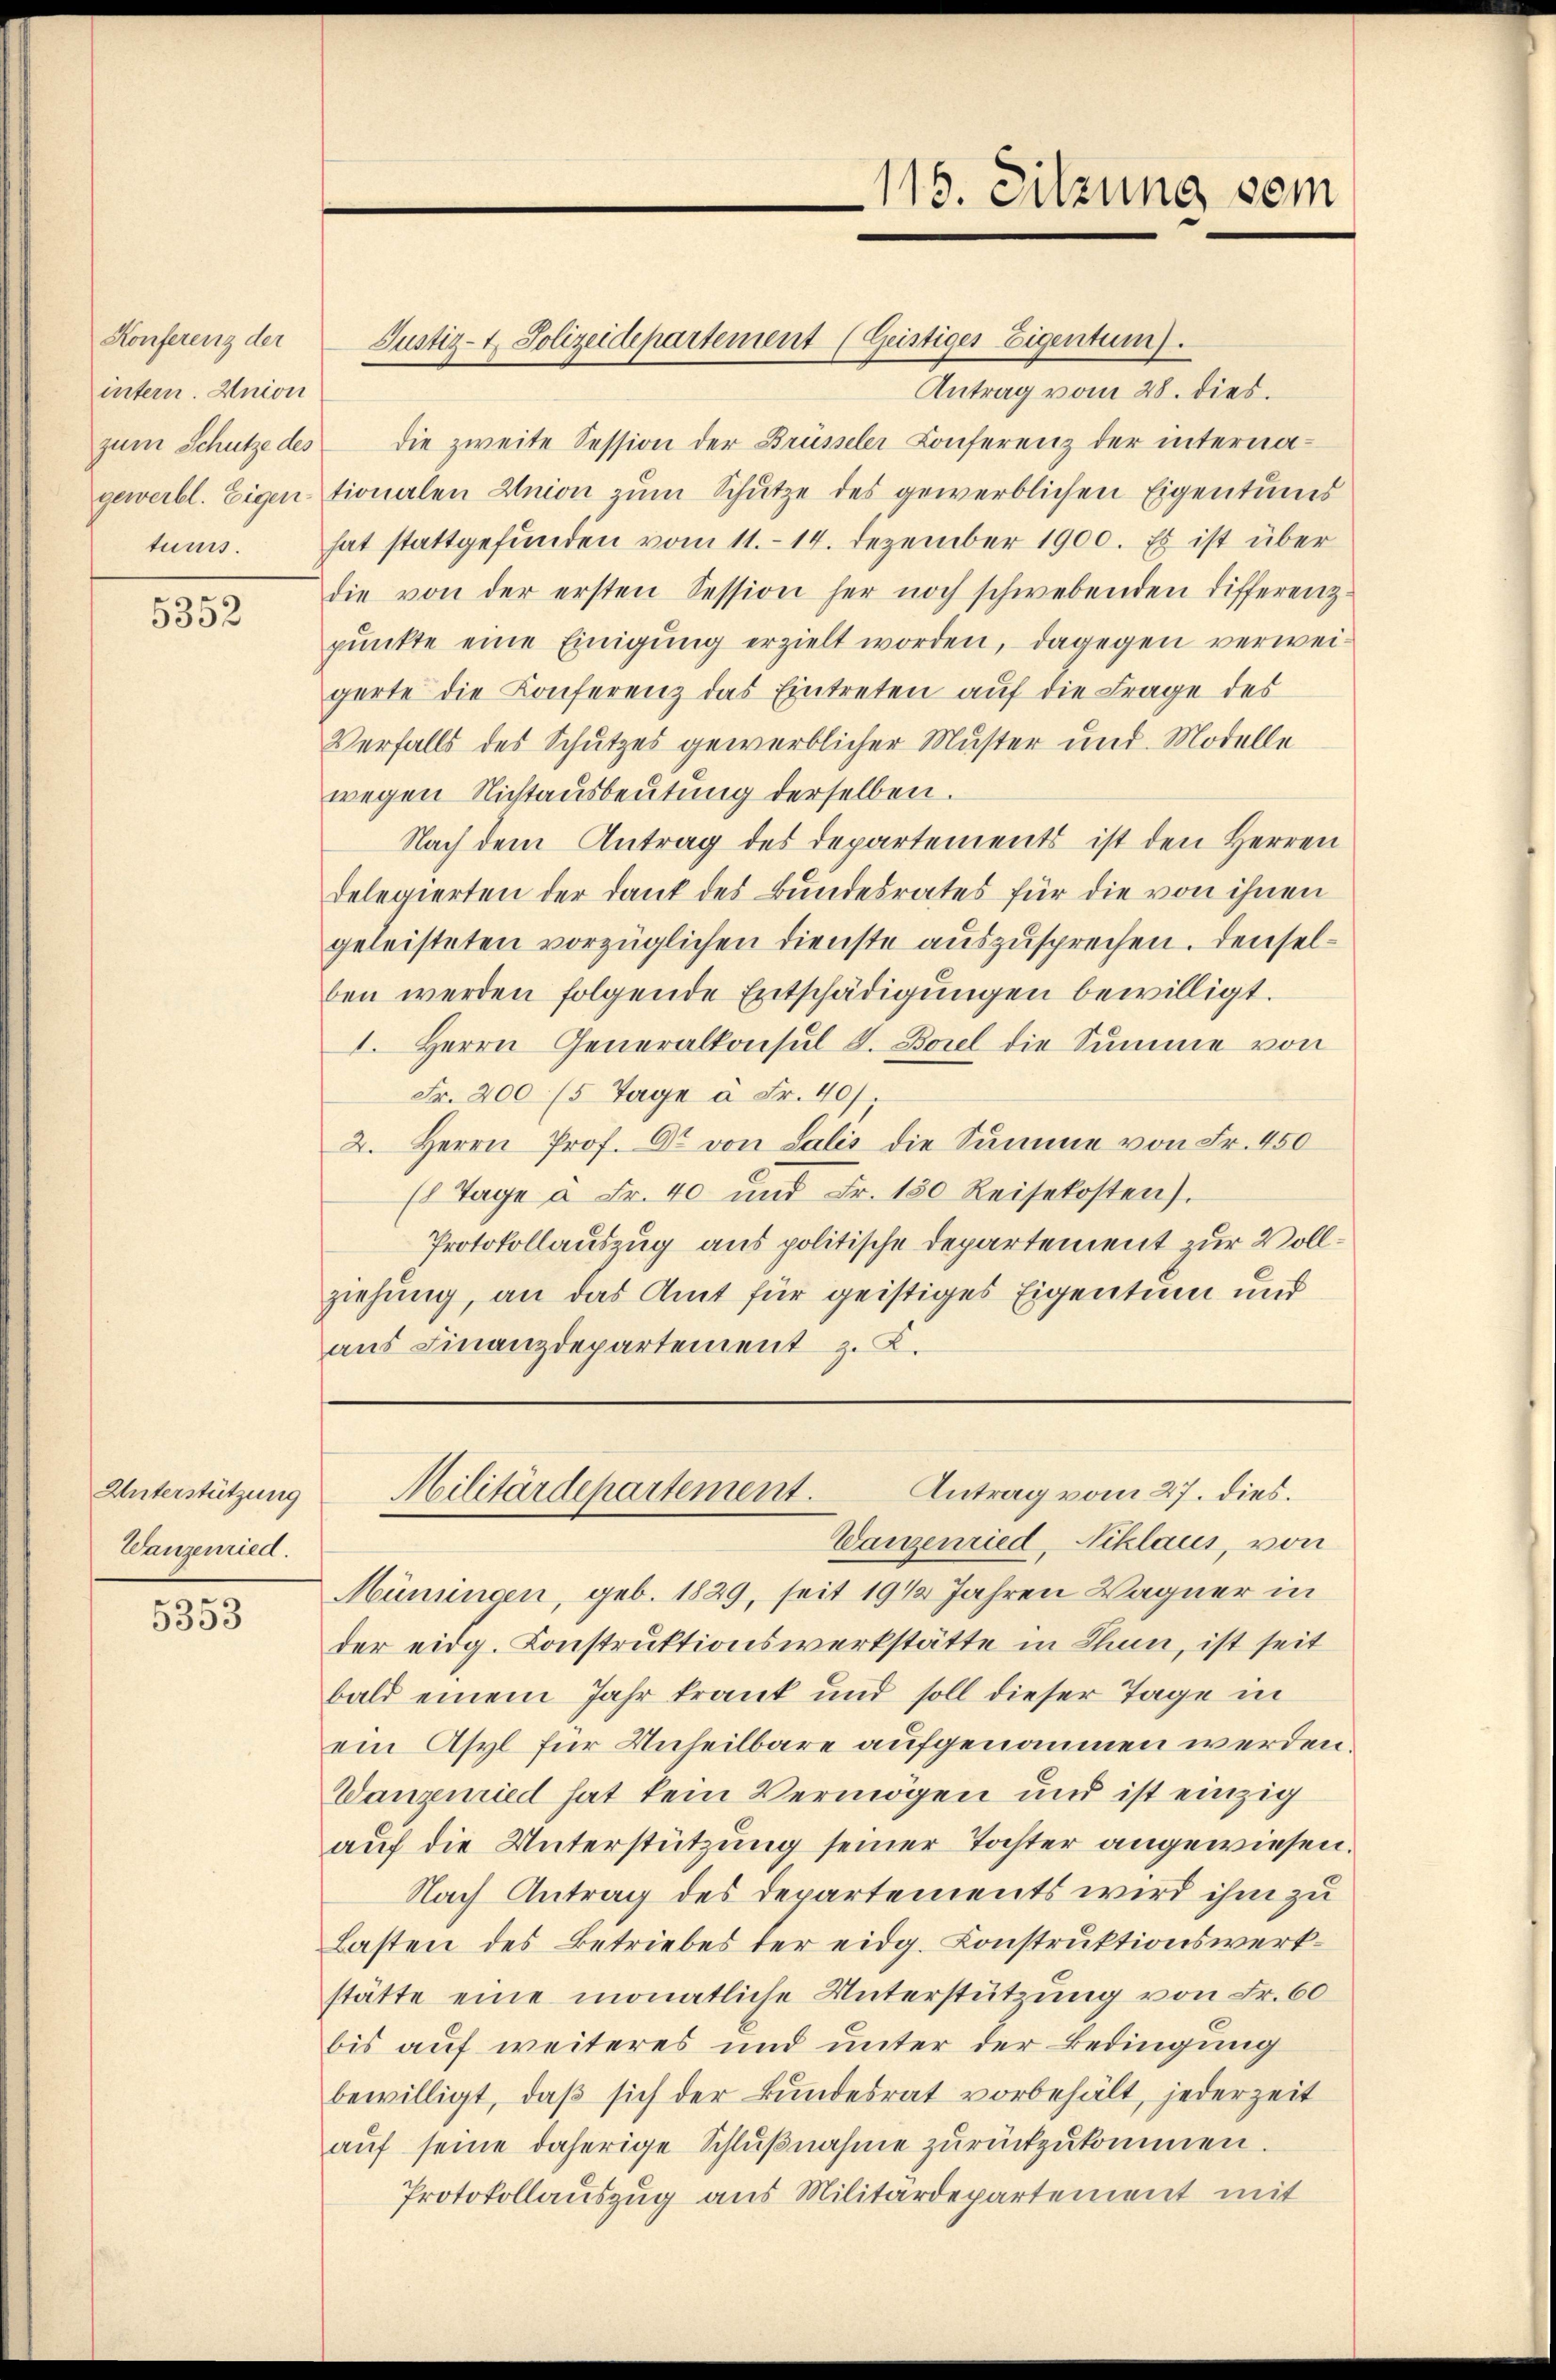
Konferenz der
intern. Union
zum Schutze des
gewerbl. Eigentums.

5352

Unterstützung
Wanzenried.

5353

Justiz- & Polizeidepartement (Geistiges Eigentum).

115. Sitzung vom

Antrag vom 28. dies.
die zweite Session der Brüsseler Conferenz der internationalen Union zum Schütze des gewerblichen Eigentums
hat stattgefunden vom 11. 14. Dezember 1900. Es ist über
die von der ersten Session her noch schwebenden differenzpunkte eine Einigung erzielt worden, dagegen verweigerte die Konferenz das Eintreten auf die Frage des
Verfalls des Schutzes gewerblicher Muster und Modelle
wegen Nichtausbeutung derselben.
Nach dem Antrag des Departements ist den Herren
delegierten der Dank des Bundesrates für die von ihnen
geleisteten vorzüglichen Dienste auszusprechen. Denselben werden folgende Entschädigŭngen bewilligt.
1. Herrn Generalkonsul F. Borel die Summe von
Fr. 200 (5 Tage à Fr. 40/
2. Herrn Prof. Dr. von Salis die Summe von Fr. 450
(8 Tage à Fr. 40 und Fr. 150 Reisekosten).
Protokollauszug aus politische Departement zur Vollziehung, an das Amt für geistiges Eigentum und
aus Finanzdepartement z. B.

Müningen, geb. 1829, seit 19 1/2 Jahren Wagner in
der eidg. Konstruktionswerkstätte in Chan, ist seit
bald einem Jahr krank und soll dieser Tage in
ein Asyl für Unheilbare aufgenommen werden
Wanzuried hat kein Vermögen und ist einzig
auf die Unterstützung seiner Tochter angewiesen.
Nach Antrag des Departements wird ihm zu
Lasten des Betriebes der eidg. Konstruktionswerkstätte eine monatliche Unterstützung von Fr. 60
bis auf weiteres und unter der Bedingung
bewilligt, daβ sich der Bundesrat vorbehält, jederzeit
aŭf seine daherige Schlŭβnahme zŭrückzŭkommen.
Protokollauszug aus Militärdepartement mit

Antrag vom 27. dies.
Militärdepartement.
Wanzenried, Niklaus, von